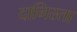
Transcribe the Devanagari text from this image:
दानिस्ता